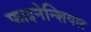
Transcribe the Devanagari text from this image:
फाइनेन्शियल